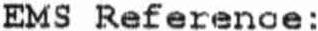
EMS REFERENOE :